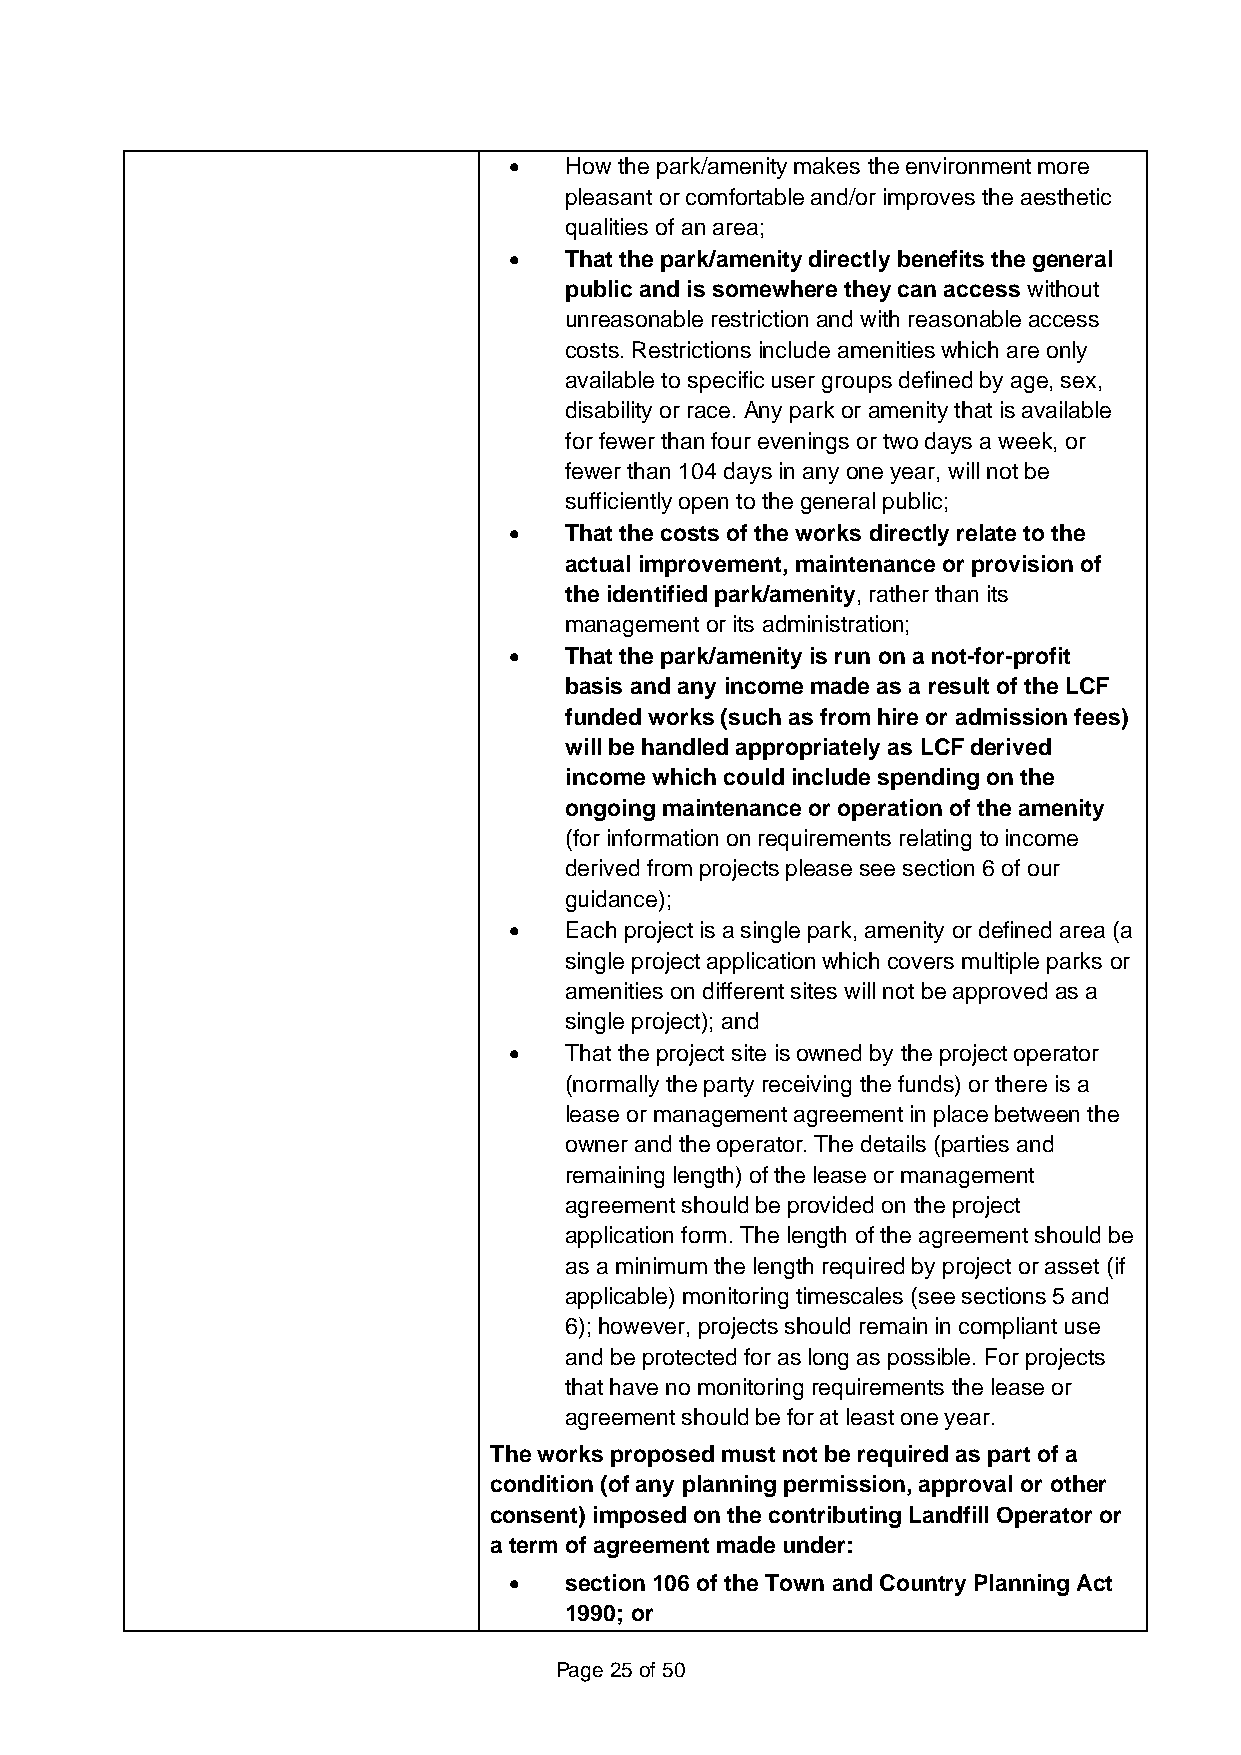
•  How the park/amenity makes the environment more
 pleasant or comfortable and/or improves the aesthetic
 qualities of an area;
 •  That the park/amenity directly benefits the general
 public and is somewhere they can access without
 unreasonable restriction and with reasonable access
 costs. Restrictions include amenities which are only
 available to specific user groups defined by age, sex,
 disability or race. Any park or amenity that is available
 for fewer than four evenings or two days a week, or
 fewer than 104 days in any one year, will not be
 sufficiently open to the general public;
 •  That the costs of the works directly relate to the
 actual improvement, maintenance or provision of
 the identified park/amenity, rather than its
 management or its administration;
 •  That the park/amenity is run on a not-for-profit
 basis and any income made as a result of the LCF
 funded works (such as from hire or admission fees)
 will be handled appropriately as LCF derived
 income which could include spending on the
 ongoing maintenance or operation of the amenity
 (for information on requirements relating to income
 derived from projects please see section 6 of our
 guidance);
 •  Each project is a single park, amenity or defined area (a
 single project application which covers multiple parks or
 amenities on different sites will not be approved as a
 single project); and
 •  That the project site is owned by the project operator
 (normally the party receiving the funds) or there is a
 lease or management agreement in place between the
 owner and the operator. The details (parties and
 remaining length) of the lease or management
 agreement should be provided on the project
 application form. The length of the agreement should be
 as a minimum the length required by project or asset (if
 applicable) monitoring timescales (see sections 5 and
 6); however, projects should remain in compliant use
 and be protected for as long as possible. For projects
 that have no monitoring requirements the lease or
 agreement should be for at least one year.
 The works proposed must not be required as part of a
 condition (of any planning permission, approval or other
 consent) imposed on the contributing Landfill Operator or
 a term of agreement made under:
 •  section 106 of the Town and Country Planning Act
 1990; or
 Page 25 of 50